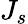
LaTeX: J_{s}